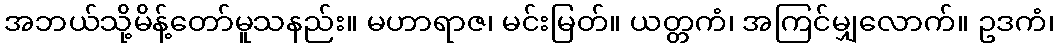
အဘယ်သို့မိန့်တော်မူသနည်း။ မဟာရာဇ၊ မင်းမြတ်။ ယတ္တကံ၊ အကြင်မျှလောက်။ ဥဒကံ၊